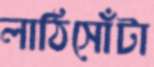
লাঠিসোঁটা